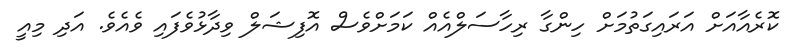
ކޮރެއާއަށް އަރައިގަތުމަށް ހިންގާ ރިހާސަލްއެއް ކަމަށްވެސް އޮފިޝަލް ވިދާޅުވެފައި ވެއެވެ. އަދި މިއީ